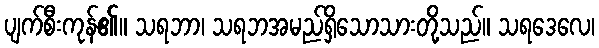
ပျက်စီးကုန်၏။ သရဘာ၊ သရဘအမည်ရှိသောသားတို့သည်။ သရဒေလေ၊